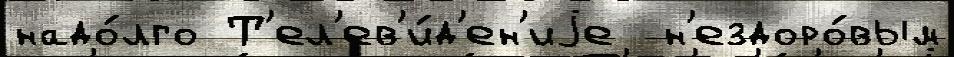
надо́лго Т'ел'ев'и́д'ен'иjе  н'ездоро́вым